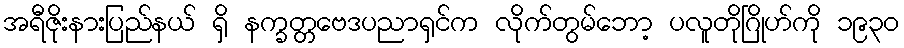
အရီဇိုးနားပြည်နယ် ရှိ နက္ခတ္တဗေဒပညာရှင်က လိုက်တွမ်ဘော့ ပလူတိုဂြိုဟ်ကို ၁၉၃၀